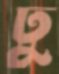
ঢু